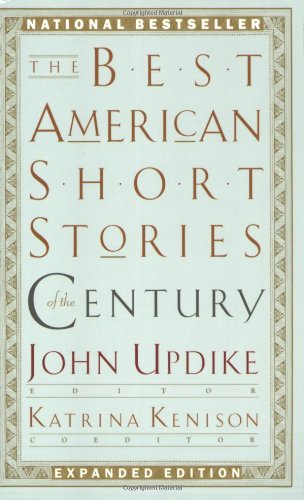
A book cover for The Best American Short Stories of the Century; Literature & Fiction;